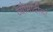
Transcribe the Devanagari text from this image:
व्योमादीनां